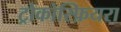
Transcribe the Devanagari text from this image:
ट्रोकोस्फ़ियरा